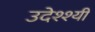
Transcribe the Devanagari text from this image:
उदेश्श्यी